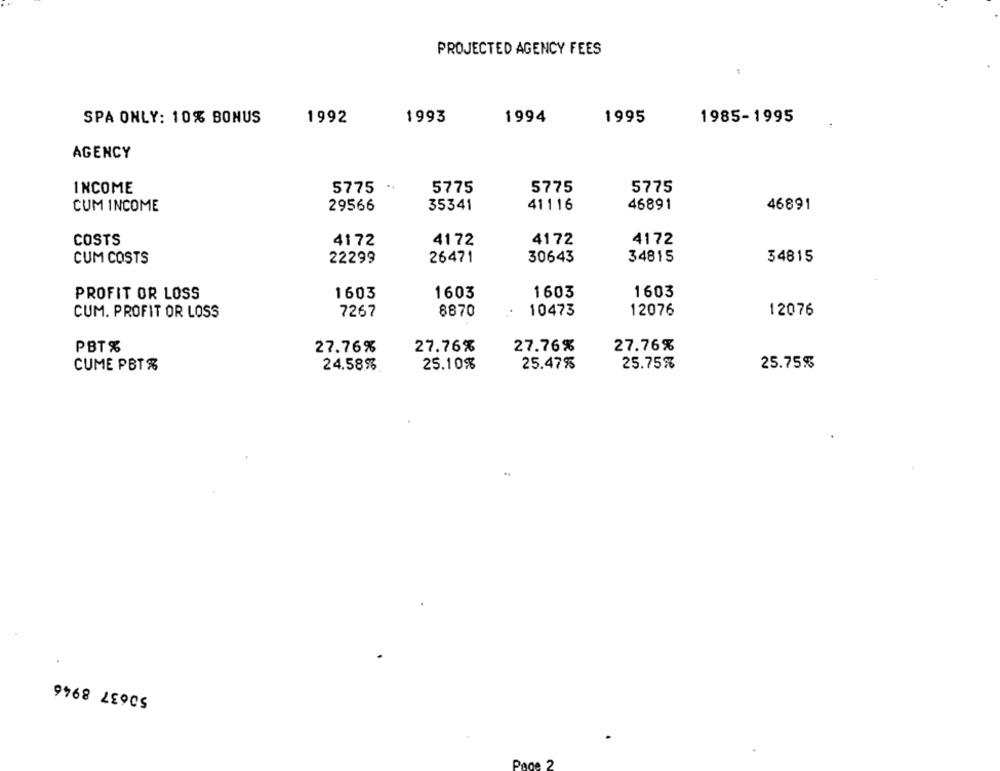
PROJECTED AGENCY FEES
.
SPA ONLY: 10% BONUS
1992
1993
1994
1995
1985-1995
AGENCY
INCOME
5775 *
5775
5775
5775
CUM INCOME
29566
35341
41116
46891
46891
COSTS
4172
41 72
4172
4172
CUM COSTS
22299
26471
30643
34815
34815
1603
1603
PROFIT OR LOSS
1603
1603
CUM. PROFIT OR LOSS
7267
8870
10473
12076
12076
PBT%
27.76%
27.76%
27.76%
27.76%
CUME PBT%
24.58%
25.10%
25.47%
25.75%
25.75%
50637 8946
Page 2